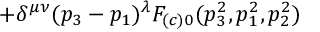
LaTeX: + \delta ^ { \mu \nu } ( p _ { 3 } - p _ { 1 } ) ^ { \lambda } F _ { ( c ) 0 } ( p _ { 3 } ^ { 2 } , p _ { 1 } ^ { 2 } , p _ { 2 } ^ { 2 } )